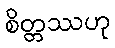
စိတ္တဿဟု